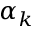
\alpha _ { k }